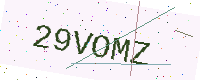
Text: 29VOMZ